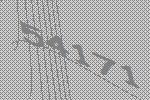
54171